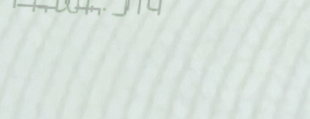
محل بيع اللحوم الطازجة وا